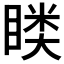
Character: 𭿎